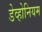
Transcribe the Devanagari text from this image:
डेव्होनियम